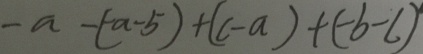
- a - ( - a - 5 ) + ( c - a ) + ( - b - c )